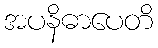
အပနိဓာပေတိ